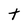
Character: t